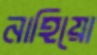
নাহিয়ো